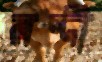
রদ্দী